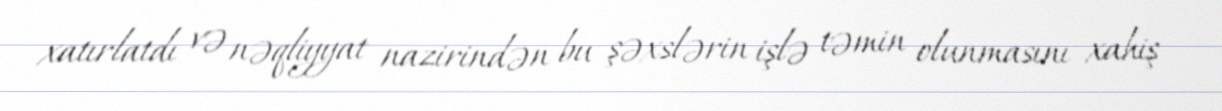
xatırlatdı və nəqliyyat nazirindən bu şəxslərin işlə təmin olunmasını xahiş